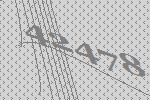
42478